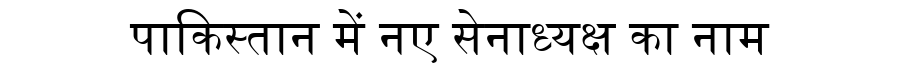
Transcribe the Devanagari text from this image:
पाकिस्तान में नए सेनाध्यक्ष का नाम